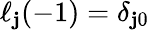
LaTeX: \ell_{\mathbf{j}}(-1)=\delta_{\mathbf{j}0}